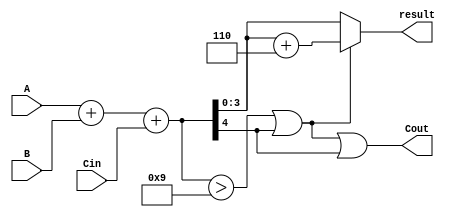
module BCD_Hybrid_Adder (
    input [3:0] A,       // BCD digit A
    input [3:0] B,       // BCD digit B
    input Cin,           // Carry-in
    output [3:0] result, // BCD result
    output Cout          // Carry-out
);

    wire [4:0] sum;      // 5-bit sum to accommodate carry
    wire correction;      // Correction needed signal

    // Binary addition of A, B and Cin
    assign sum = A + B + Cin;

    // Determine if correction is needed
    assign correction = (sum > 9) || (sum[4] == 1); // Check if sum > 9 or carry-out is high

    // Final BCD result calculation
    assign result = correction ? (sum + 5'd6) : sum[3:0]; // Add 6 if correction needed
    assign Cout = correction || sum[4]; // Carry-out if correction needed or if there was an overflow

endmodule